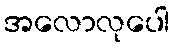
အလောလုပေါ